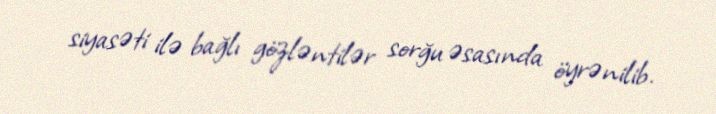
siyasəti ilə bağlı gözləntilər sorğu əsasında öyrənilib.